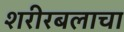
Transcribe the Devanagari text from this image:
शरीरबलाचा